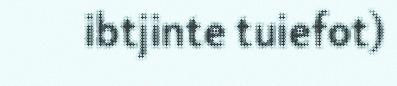
ibtjinte tuiefot)